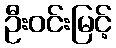
ဦးဝင်းမြင့်